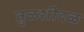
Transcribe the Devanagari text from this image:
तुळशीदळ